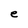
Character: e